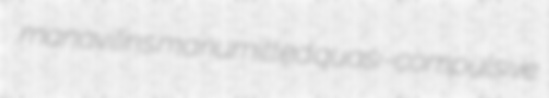
manavilins manumitted quasi-compulsive